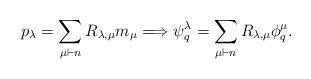
LaTeX: \begin{align*} p_\lambda = \sum_{\mu \vdash n} R_{\lambda,\mu} m_\mu \Longrightarrow \psi_q^\lambda = \sum_{\mu \vdash n} R_{\lambda,\mu} \phi_q^\mu.\end{align*}